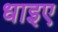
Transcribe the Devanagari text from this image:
धाइए